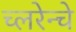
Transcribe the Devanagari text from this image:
च्लरेन्चे